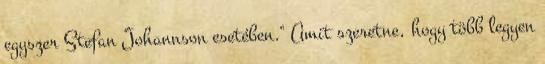
egyszer Stefan Johannson esetében." Amit szeretne, hogy több legyen